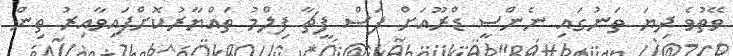
ވޭތުވެ ދިޔަ ތަނުގައި ނެންސީ ޑްރޫއަށް ފަސް ފީޗާ ފިލްމު ތައްޔާރުކޮށްފައިވާއިރު ތިން